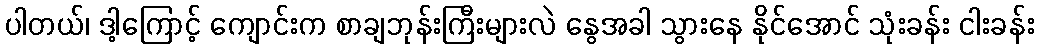
ပါတယ်၊ ဒါ့ကြောင့် ကျောင်းက စာချဘုန်းကြီးများလဲ နွေအခါ သွားနေ နိုင်အောင် သုံးခန်း ငါးခန်း